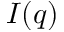
I ( q )